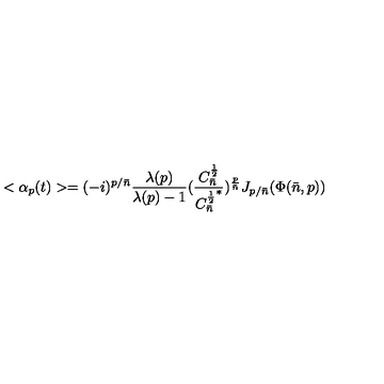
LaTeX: < \alpha _ { p } ( t ) > = { } ( - i ) ^ { p / { \bar { n } } } { \frac { \lambda ( p ) } { \lambda ( p ) - 1 } } ( { \frac { C _ { \bar { n } } ^ { \frac { 1 } { 2 } } } { { C _ { \bar { n } } ^ { \frac { 1 } { 2 } } } ^ { * } } } ) ^ { { \frac { p } { \bar { n } } } } J _ { p / { \bar { n } } } ( \Phi ( { \bar { n } } , p ) )